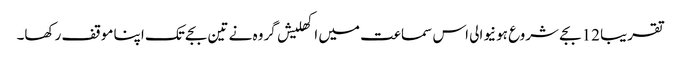
تقریبا 12 بجے شروع ہونیوالی اس سماعت میں اکھلیش گروہ نے تین بجے تک اپنا موقف رکھا۔